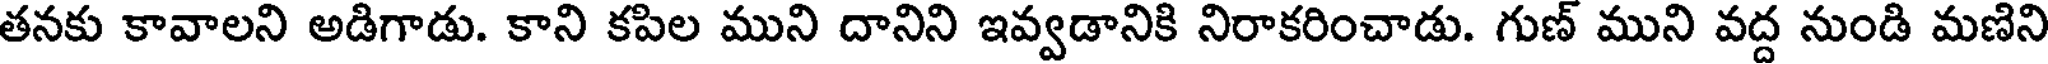
తనకు కావాలని అడిగాడు. కాని కపిల ముని దానిని ఇవ్వడానికి నిరాకరించాడు. గుణ్ ముని వద్ద నుండి మణిని